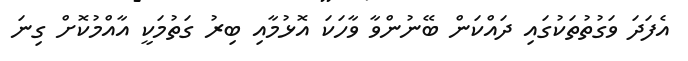
އެފަދަ ވަގުތުތަކުގައި ދައްކަން ބޭނުންވާ ވާހަކަ އޮޅުމާއި ބިރު ގަތުމަކީ އާއްމުކޮށް ގިނަ